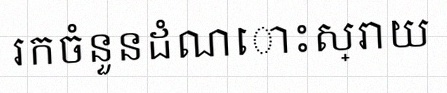
រកចំនួនដំណោះស្រាយ